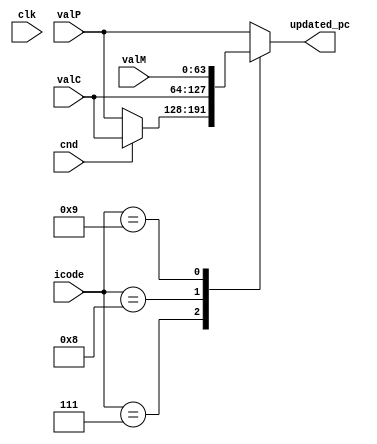
module pc_update(updated_pc, icode, cnd, valC, valM, valP, clk);

input [3:0] icode;
input cnd;
input signed [63:0] valC,valM,valP;
input clk;
output reg [63:0]updated_pc;



always @(*) begin
    case (icode)
        4'b0111: // jxx
            begin
                if (cnd)
                    updated_pc = valC;
                else
                    updated_pc = valP;
            end
        4'b1000: // call
            updated_pc = valC;
        4'b1001: // ret
            updated_pc = valM;
        default: // all other cases
            updated_pc = valP;
    endcase
end


endmodule